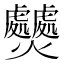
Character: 𤓤